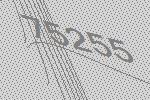
75255